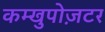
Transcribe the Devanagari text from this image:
कम्खुपोज़टर